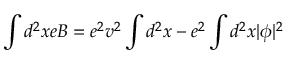
\int d ^ { 2 } x e B = e ^ { 2 } v ^ { 2 } \int d ^ { 2 } x - e ^ { 2 } \int d ^ { 2 } x | \phi | ^ { 2 }